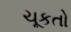
ચૂકતો